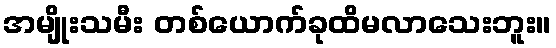
အမျိုးသမီး တစ်ယောက်ခုထိမလာသေးဘူး။